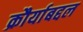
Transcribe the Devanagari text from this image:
क्रौर्याबद्दल